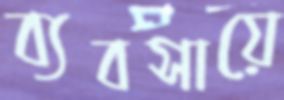
ব্যবসায়ে